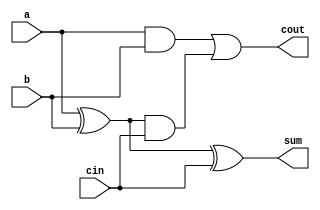
module top_module(
    input wire a,
    input wire b,
    input wire cin,
    output wire cout,
    output wire sum
);
    // Full adder logic
    assign sum = a ^ b ^ cin;
    assign cout = (a & b) | ((a ^ b) & cin);
endmodule